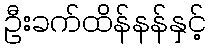
ဦးခက်ထိန်နန်နှင့်